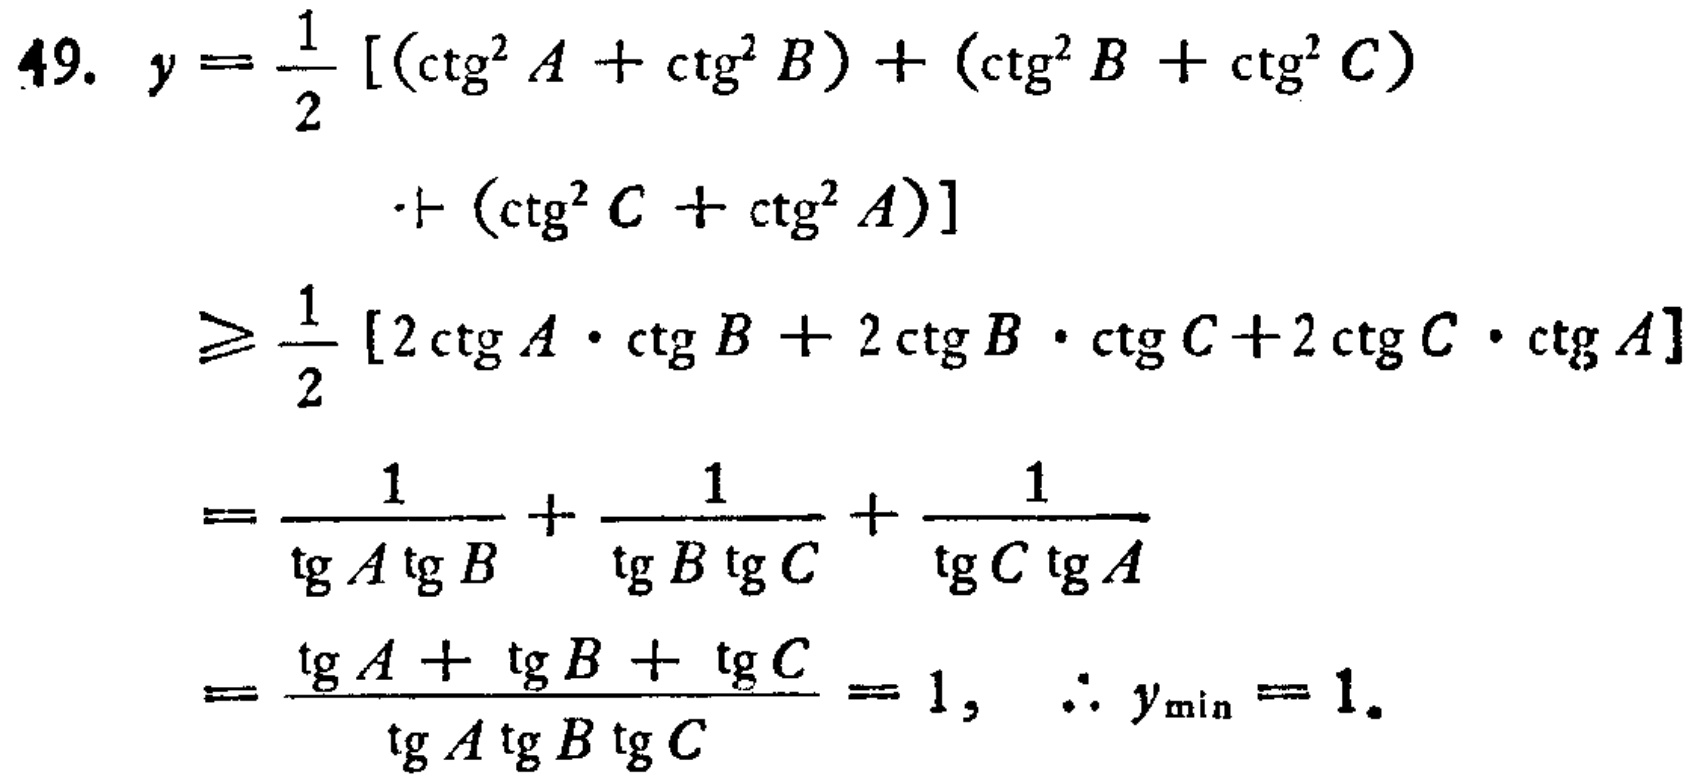
\[
\begin{align*}
49.\ y&=\frac{1}{2}[(\ctg^{2}A + \ctg^{2}B)+(\ctg^{2}B+\ctg^{2}C)\\
&\quad\quad+(\ctg^{2}C+\ctg^{2}A)]\\
&\geq\frac{1}{2}[2\ctg A\cdot\ctg B + 2\ctg B\cdot\ctg C+2\ctg C\cdot\ctg A]\\
&=\frac{1}{\tg A\tg B}+\frac{1}{\tg B\tg C}+\frac{1}{\tg C\tg A}\\
&=\frac{\tg A+\tg B+\tg C}{\tg A\tg B\tg C}=1,\ \therefore y_{\min}=1.
\end{align*}
\]